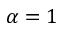
\alpha = 1